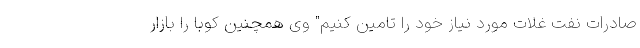
صادرات نفت غلات مورد نیاز خود را تامین کنیم" وی همچنین کوبا را بازار